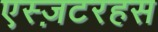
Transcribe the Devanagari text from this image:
एस्ज़टरहस